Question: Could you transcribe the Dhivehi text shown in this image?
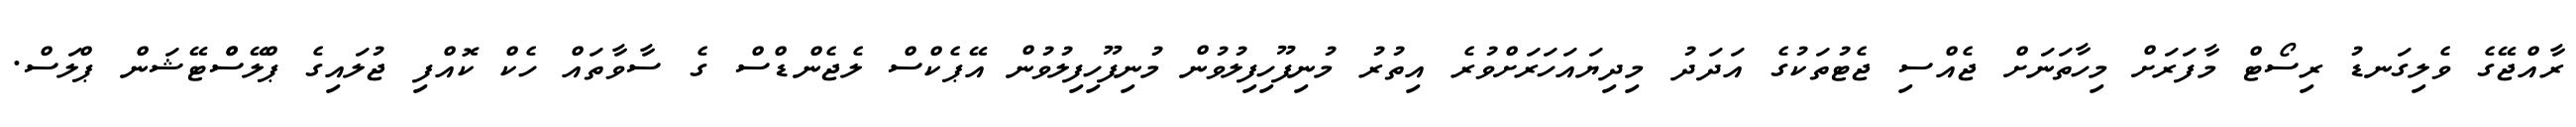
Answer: ރާއްޖޭގެ ވެލިގަނޑު ރިސޯޓް މާފަރަށް މިހާތަނަށް ޖެއްސި ޖެޓުތަކުގެ އަދަދު މިދިޔައަހަރަށްވުރެ އިތުރު މުނިފޫހިފިލުވުން މުނިފޫހިފިލުވުން އޭޕެކްސް ލެޖެންޑްސް ގެ ސާވާތައް ހެކް ކޮއްފި ޖުލައިގެ ޕްލޭސްްޓޭޝަން ޕްލަސް.